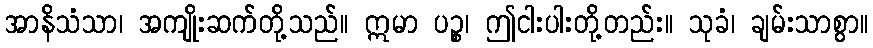
အာနိသံသာ၊ အကျိုးဆက်တို့သည်။ ဣမာ ပဉ္စ၊ ဤငါးပါးတို့တည်း။ သုခံ၊ ချမ်းသာစွာ။